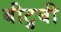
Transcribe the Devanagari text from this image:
बीटुबी